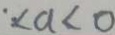
\because a < 0